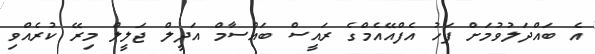
އެ ބައްދަލުވުމަށް ފަހު އެފްއޭއެމްގެ ރައީސް ބައްސާމް އަދީލް ޖަލީލް މިރޭ ކުރެއްވި